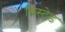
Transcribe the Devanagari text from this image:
विस्टेड